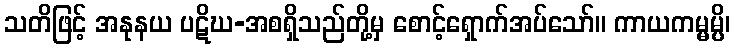
သတိဖြင့် အနုနယ ပဋိဃ-အစရှိသည်တို့မှ စောင့်ရှောက်အပ်သော်။ ကာယကမ္မမ္ပိ၊